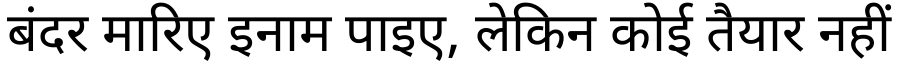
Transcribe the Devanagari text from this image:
बंदर मारिए इनाम पाइए, लेकिन कोई तैयार नहीं